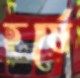
হর্ষে